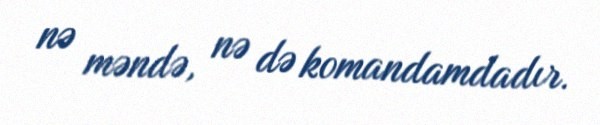
nə məndə, nə də komandamdadır.